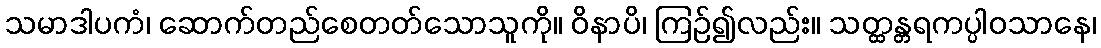
သမာဒါပကံ၊ ဆောက်တည်စေတတ်သောသူကို။ ဝိနာပိ၊ ကြဉ်၍လည်း။ သတ္ထန္တရကပ္ပါဝသာနေ၊